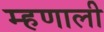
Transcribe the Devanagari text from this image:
म्‍हणाली